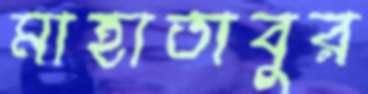
মাহাতাবুর